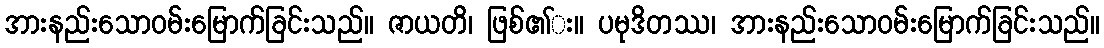
အားနည်းသောဝမ်းမြောက်ခြင်းသည်။ ဇာယတိ၊ ဖြစ်၏း။ ပမုဒိတဿ၊ အားနည်းသောဝမ်းမြောက်ခြင်းသည်။